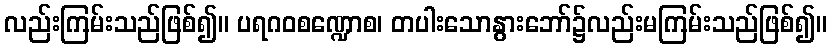
လည်းကြမ်းသည်ဖြစ်၍။ ပရဂဝစဏ္ဍောစ၊ တပါးသောနွားဘော်၌လည်းမကြမ်းသည်ဖြစ်၍။